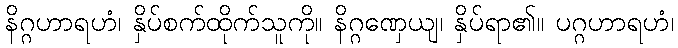
နိဂ္ဂဟာရဟံ၊ နှိပ်စက်ထိုက်သူကို။ နိဂ္ဂဏှေယျ၊ နှိပ်ရာ၏။ ပဂ္ဂဟာရဟံ၊